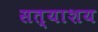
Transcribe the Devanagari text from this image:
सत्याशय